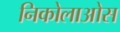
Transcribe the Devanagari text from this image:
निकोलाओस